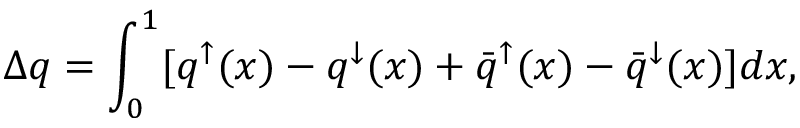
\Delta q = \int _ { 0 } ^ { 1 } [ q ^ { \mathord \uparrow } ( x ) - q ^ { { \mathord \downarrow } } ( x ) + { \bar { q } } ^ { \mathord \uparrow } ( x ) - { \bar { q } } ^ { { \mathord \downarrow } } ( x ) ] d x ,